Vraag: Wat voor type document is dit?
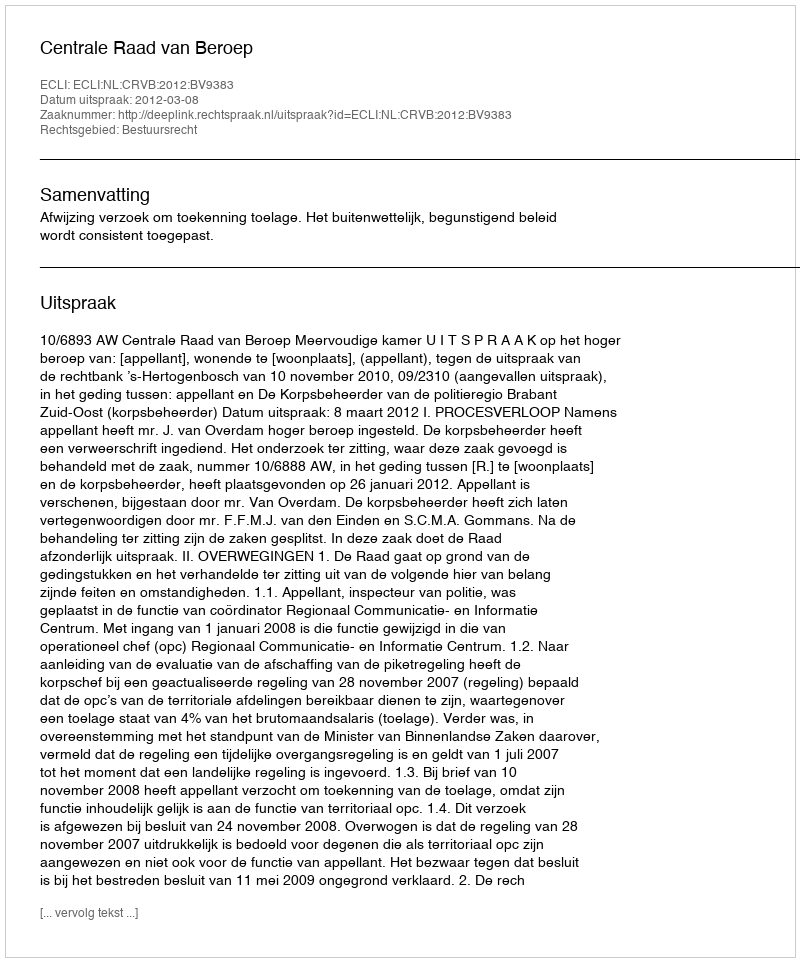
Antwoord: Uitspraak